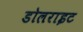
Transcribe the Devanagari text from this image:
डोलराइट